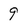
Character: 9